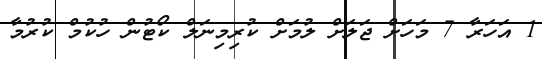
1 އަހަރާ 7 މަހަށް ޖަލަށް ލުމަށް ކުރިމިނަލް ކޯޓުން ހުކުމް ކުރުމާ